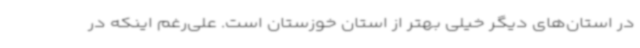
در استان‌های دیگر خیلی بهتر از استان خوزستان است. علی‌رغم اینکه در